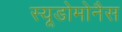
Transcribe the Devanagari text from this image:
स्यूडोमोनैस